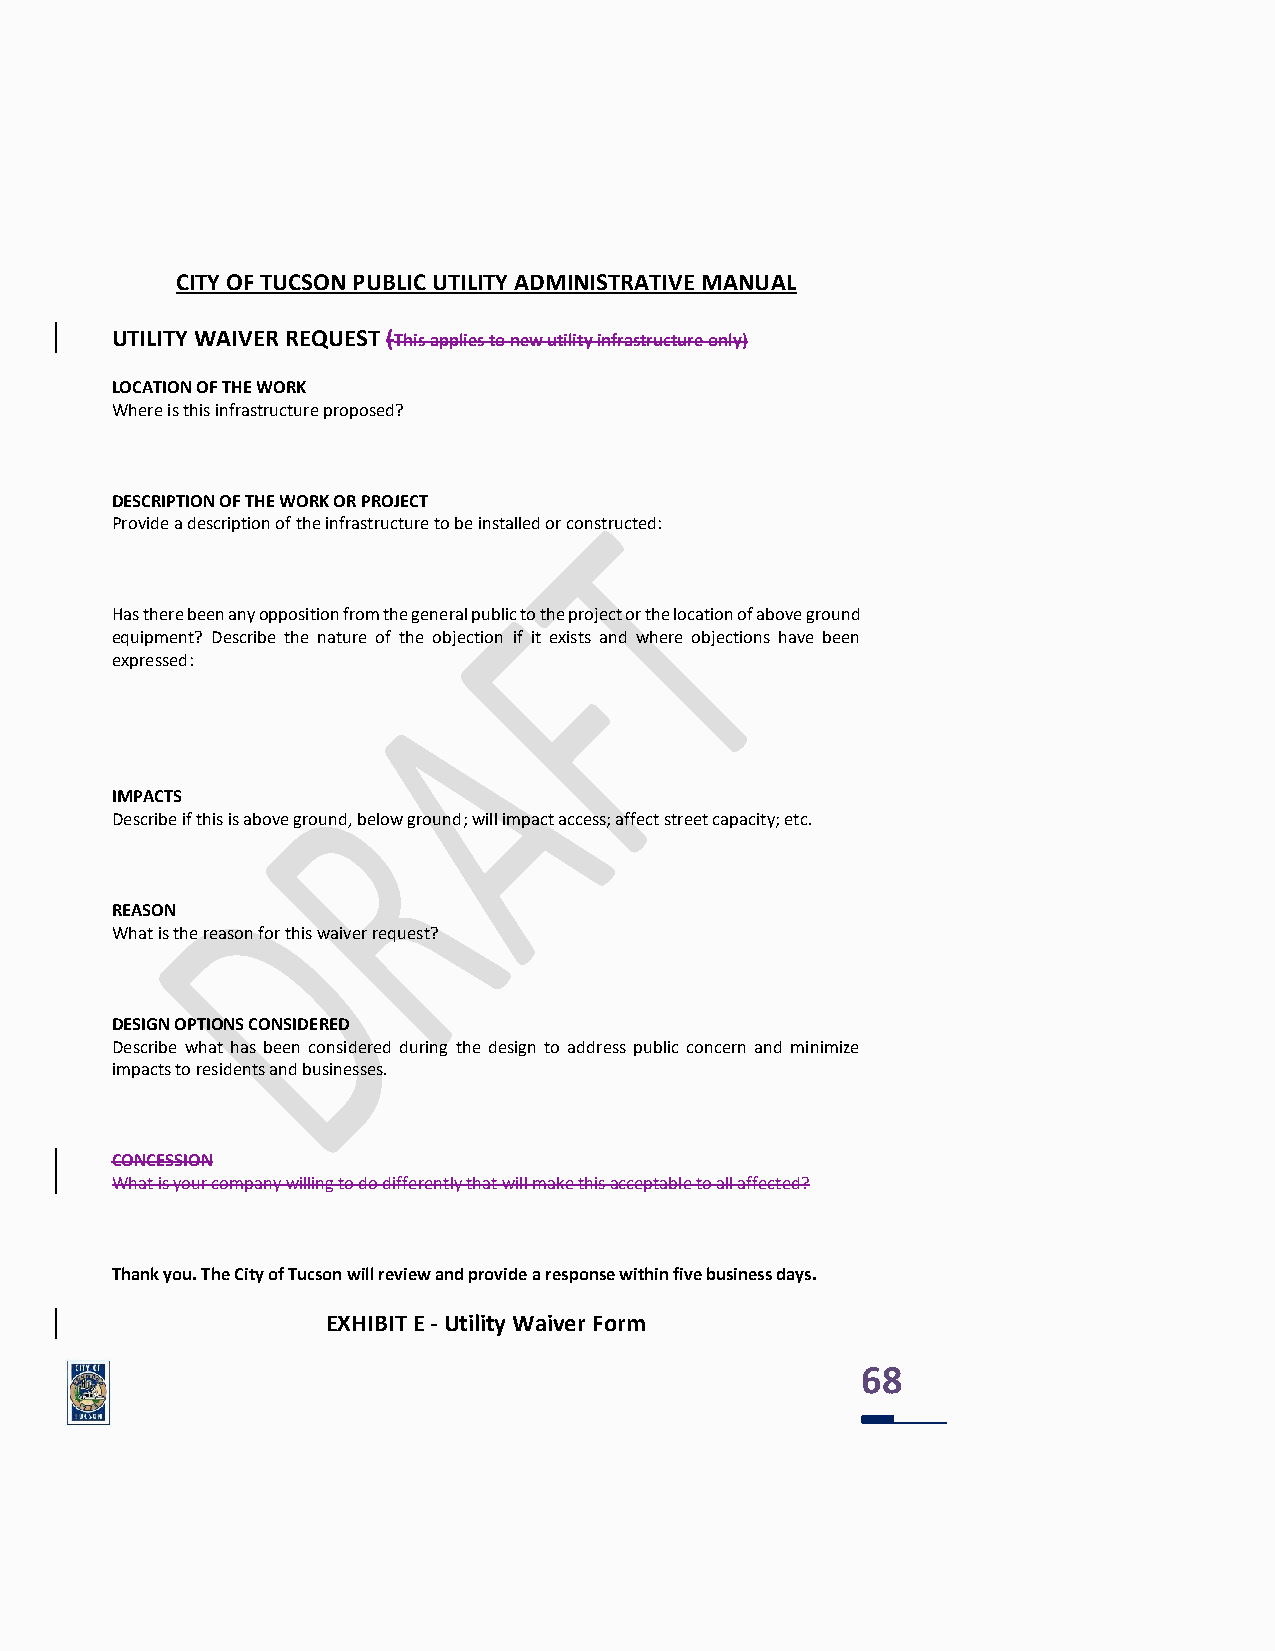
CITY OF TUCSON PUBLIC UTILITY ADMINISTRATIVE MANUAL
 UTILITY WAIVER REQUEST (This applies to new utility infrastructure only)
 LOCATION OF THE WORK
 Where is this infrastructure proposed?
 DESCRIPTION OF THE WORK OR PROJECT
 Provide a description of the infrastructure to be installed or constructed:
 Has there been any opposition from the general public to the project or the location of above ground
 equipment? Describe the nature of the objection if it exists and where objections have been
 expressed:
 IMPACTS
 Describe if this is above ground, below ground; will impact access; affect street capacity; etc.
 REASON
 What is the reason for this waiver request?
 DESIGN OPTIONS CONSIDERED
 Describe what has been considered during the design to address public concern and minimize
 impacts to residents and businesses.
 CONCESSION
 What is your company willing to do differently that will make this acceptable to all affected?
 Thank you. The City of Tucson will review and provide a response within five business days.
 EXHIBIT E - Utility Waiver Form
 68